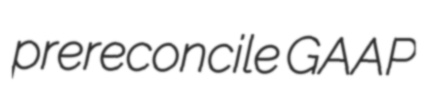
prereconcile GAAP